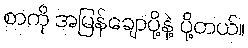
စာကို အမြန်ချောပို့နဲ့ ပို့တယ်။